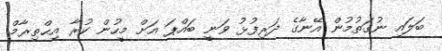
ބަލައި ނުގަތުމުން އޭނާގެ ދަރިފުޅު ވަނީ ބައްޕަ އަށް މީހުން ކުރާ އިޙްތިރާމް